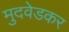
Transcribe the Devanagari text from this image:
मुदवेडकर